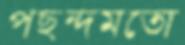
পছন্দমতো